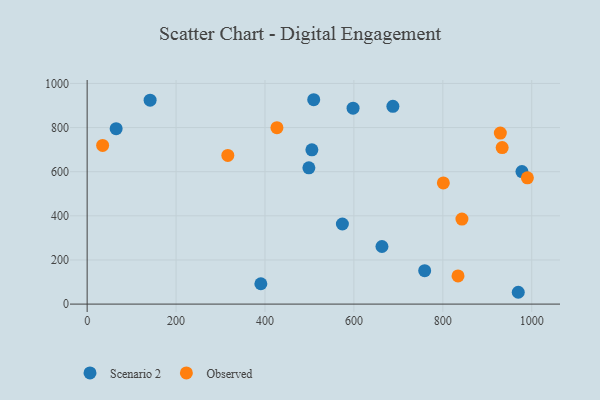
{"axis": {"x": "Investment", "y": "Profit"}, "legend": ["Observed", "Scenario 2"], "data": [{"x": "141.6", "y": 924.0, "type": "Scenario 2"}, {"x": "978.0", "y": 600.6, "type": "Scenario 2"}, {"x": "498.7", "y": 617.4, "type": "Scenario 2"}, {"x": "505.5", "y": 699.2, "type": "Scenario 2"}, {"x": "687.7", "y": 896.4, "type": "Scenario 2"}, {"x": "759.2", "y": 151.5, "type": "Scenario 2"}, {"x": "663.1", "y": 261.0, "type": "Scenario 2"}, {"x": "598.1", "y": 887.9, "type": "Scenario 2"}, {"x": "969.7", "y": 53.6, "type": "Scenario 2"}, {"x": "65.2", "y": 794.9, "type": "Scenario 2"}, {"x": "509.6", "y": 926.2, "type": "Scenario 2"}, {"x": "390.7", "y": 92.2, "type": "Scenario 2"}, {"x": "574.1", "y": 363.1, "type": "Scenario 2"}, {"x": "34.8", "y": 719.2, "type": "Observed"}, {"x": "843.0", "y": 385.5, "type": "Observed"}, {"x": "834.2", "y": 127.5, "type": "Observed"}, {"x": "316.4", "y": 673.6, "type": "Observed"}, {"x": "929.4", "y": 774.9, "type": "Observed"}, {"x": "933.5", "y": 709.3, "type": "Observed"}, {"x": "990.2", "y": 572.4, "type": "Observed"}, {"x": "801.2", "y": 549.1, "type": "Observed"}, {"x": "426.9", "y": 799.5, "type": "Observed"}]}